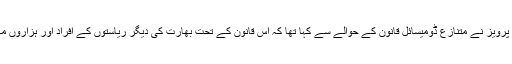
سری نگر کے انسانی حقوق کے رہنما خرم پرویز نے متنازع ڈومیسائل قانون کے حوالے سے کہا تھا کہ اس قانون کے تحت بھارت کی دیگر ریاستوں کے افراد اور ہزاروں مہاجرین زمیں خریدنے کے اہل ہوجائیں گے۔